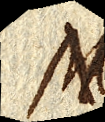
M